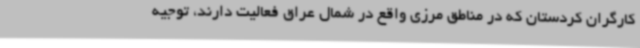
کارگران کردستان که در مناطق مرزی واقع در شمال عراق فعالیت دارند، توجیه